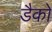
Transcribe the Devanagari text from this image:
डैको